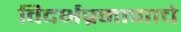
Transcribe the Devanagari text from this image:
विदर्भप्रमाणाचे